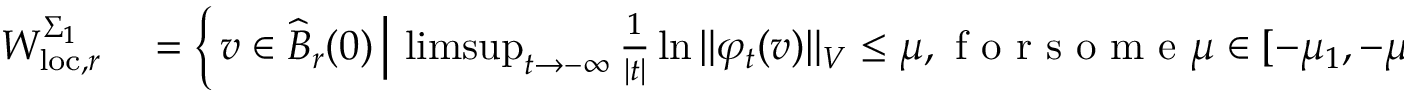
\begin{array} { r l } { W _ { \mathrm { l o c } , r } ^ { \Sigma _ { 1 } } } & { { } = \left\{ \, v \in \widehat { B } _ { r } ( 0 ) \, \Big \vert \, \operatorname* { l i m s u p } _ { t \to - \infty } \frac { 1 } { | t | } \ln { \Vert \varphi _ { t } ( v ) \Vert _ { V } } \leq \mu , \mathrm { ~ f ~ o ~ r ~ s ~ o ~ m ~ e ~ } \mu \in [ - \mu _ { 1 } , - \mu _ { 2 } ) \, \right\} } \end{array}